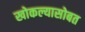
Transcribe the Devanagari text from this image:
खोकल्यासोबत